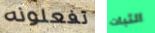
تفعلونه الثبات